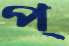
প্